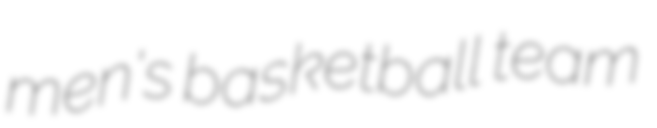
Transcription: men's basketball team